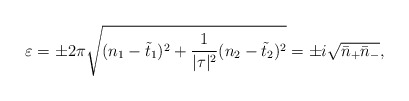
\begin{align*}\varepsilon=\pm 2\pi \sqrt{(n_1-\tilde{t}_1)^2+\frac{1}{|\tau|^2}(n_2-\tilde{t}_2)^2}=\pm i\sqrt{\bar{n}_+\bar{n}_-},\end{align*}